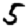
Digit: 5